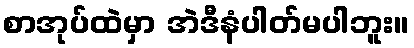
စာအုပ်ထဲမှာ အဲဒီနံပါတ်မပါဘူး။